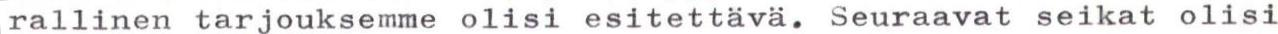
rallinen tarjouksemme olisi esitettävä. Seuraavat seikat olisi